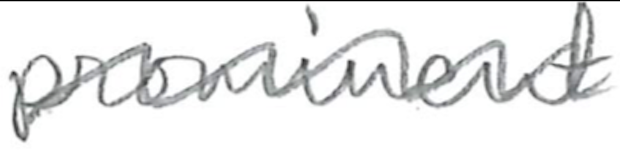
Text: prominent
Cross-out: wave
Writing tool: pencil